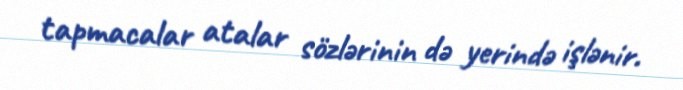
tapmacalar atalar sözlərinin də yerində işlənir.